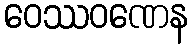
ဝေဿဝဏေန